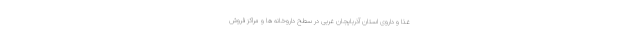
غذا و داروی استان آذربایجان غربی در سطح داروخانه ها و مراکز فروش